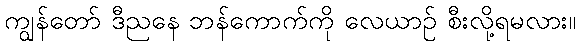
ကျွန်တော် ဒီညနေ ဘန်ကောက်ကို လေယာဉ် စီးလို့ရမလား။